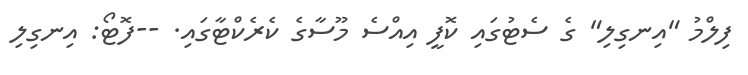
ފިލްމު "އިނގިލި" ގެ ސެޓުގައި ކޮފީ އިއްސެ މޫސާގެ ކެރެކްޓާގައި. --ފޮޓޯ: އިނގިލި